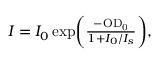
\begin{array} { r } { { I } = { I _ { 0 } } \, \mathrm { e x p } \bigg ( \frac { - \mathrm { { { O D } _ { 0 } } } } { 1 + { I _ { 0 } } / { I _ { s } } } \bigg ) , } \end{array}